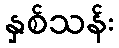
နှစ်သန်း